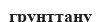
грунттану